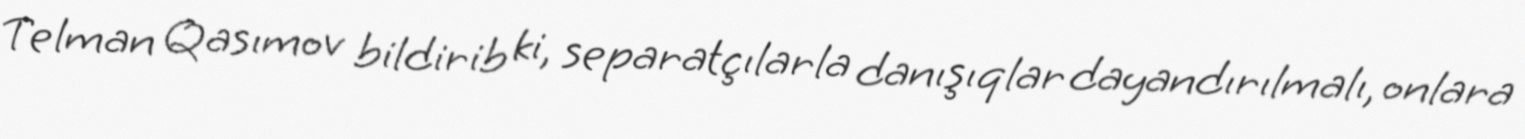
Telman Qasımov bildirib ki, separatçılarla danışıqlar dayandırılmalı, onlara